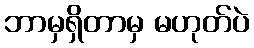
ဘာမှရှိတာမှ မဟုတ်ပဲ